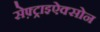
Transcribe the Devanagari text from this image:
सेफ़्ट्राइऐक्सोन